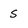
Character: s